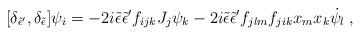
LaTeX: \begin{align*}[\delta_{{\tilde\epsilon}{'}},\delta_{\tilde\epsilon}]\psi_i=-2i{\tilde\epsilon} {\tilde\epsilon}{'}f_{ijk}J_j \psi_k-2i{\tilde\epsilon}{\tilde\epsilon}{'}f_{jlm}f_{jik}x_mx_k{\dot\psi}_l \; , \end{align*}